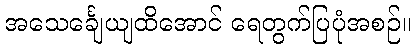
အသေင်္ချေယျထိအောင် ရေတွက်ပြပုံအစဉ်။